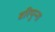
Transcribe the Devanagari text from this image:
वरिपुन्‍ना